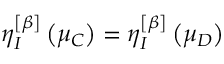
\eta _ { I } ^ { \left[ \beta \right] } \left( \mu _ { C } \right) = \eta _ { I } ^ { \left[ \beta \right] } \left( \mu _ { D } \right)